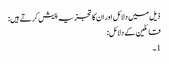
ذیل میں دلائل اور ان کا تجزیہ پیش کرتے ہیں:
قائلین کے دلائل:
1۔